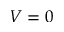
V = 0